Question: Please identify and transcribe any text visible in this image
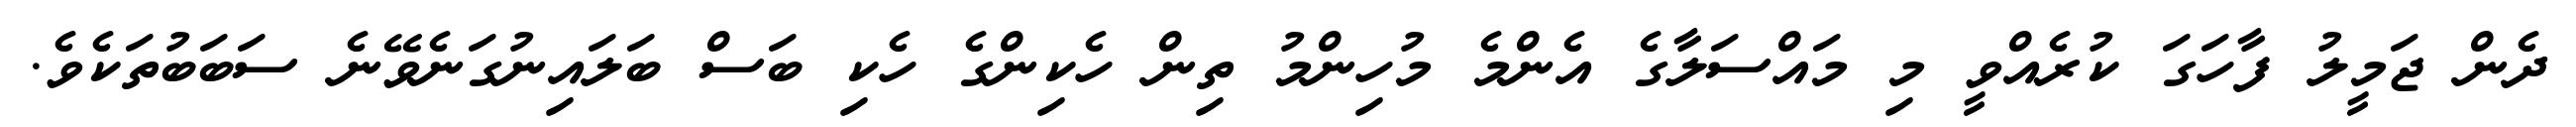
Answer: ދެން ޖަމީލު ފާހަގަ ކުރެއްވީ މި މައްސަލާގެ އެންމެ މުހިންމު ތިން ހެކިންގެ ހެކި ބަސް ބަލައިނުގަނެވޭނެ ސަބަބުތަކެވެ.